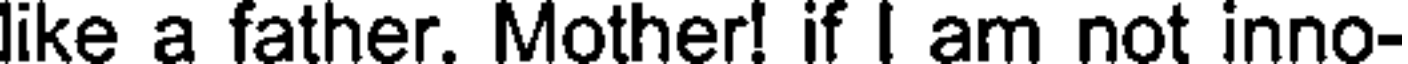
like a father. Mother! if I am not inno-